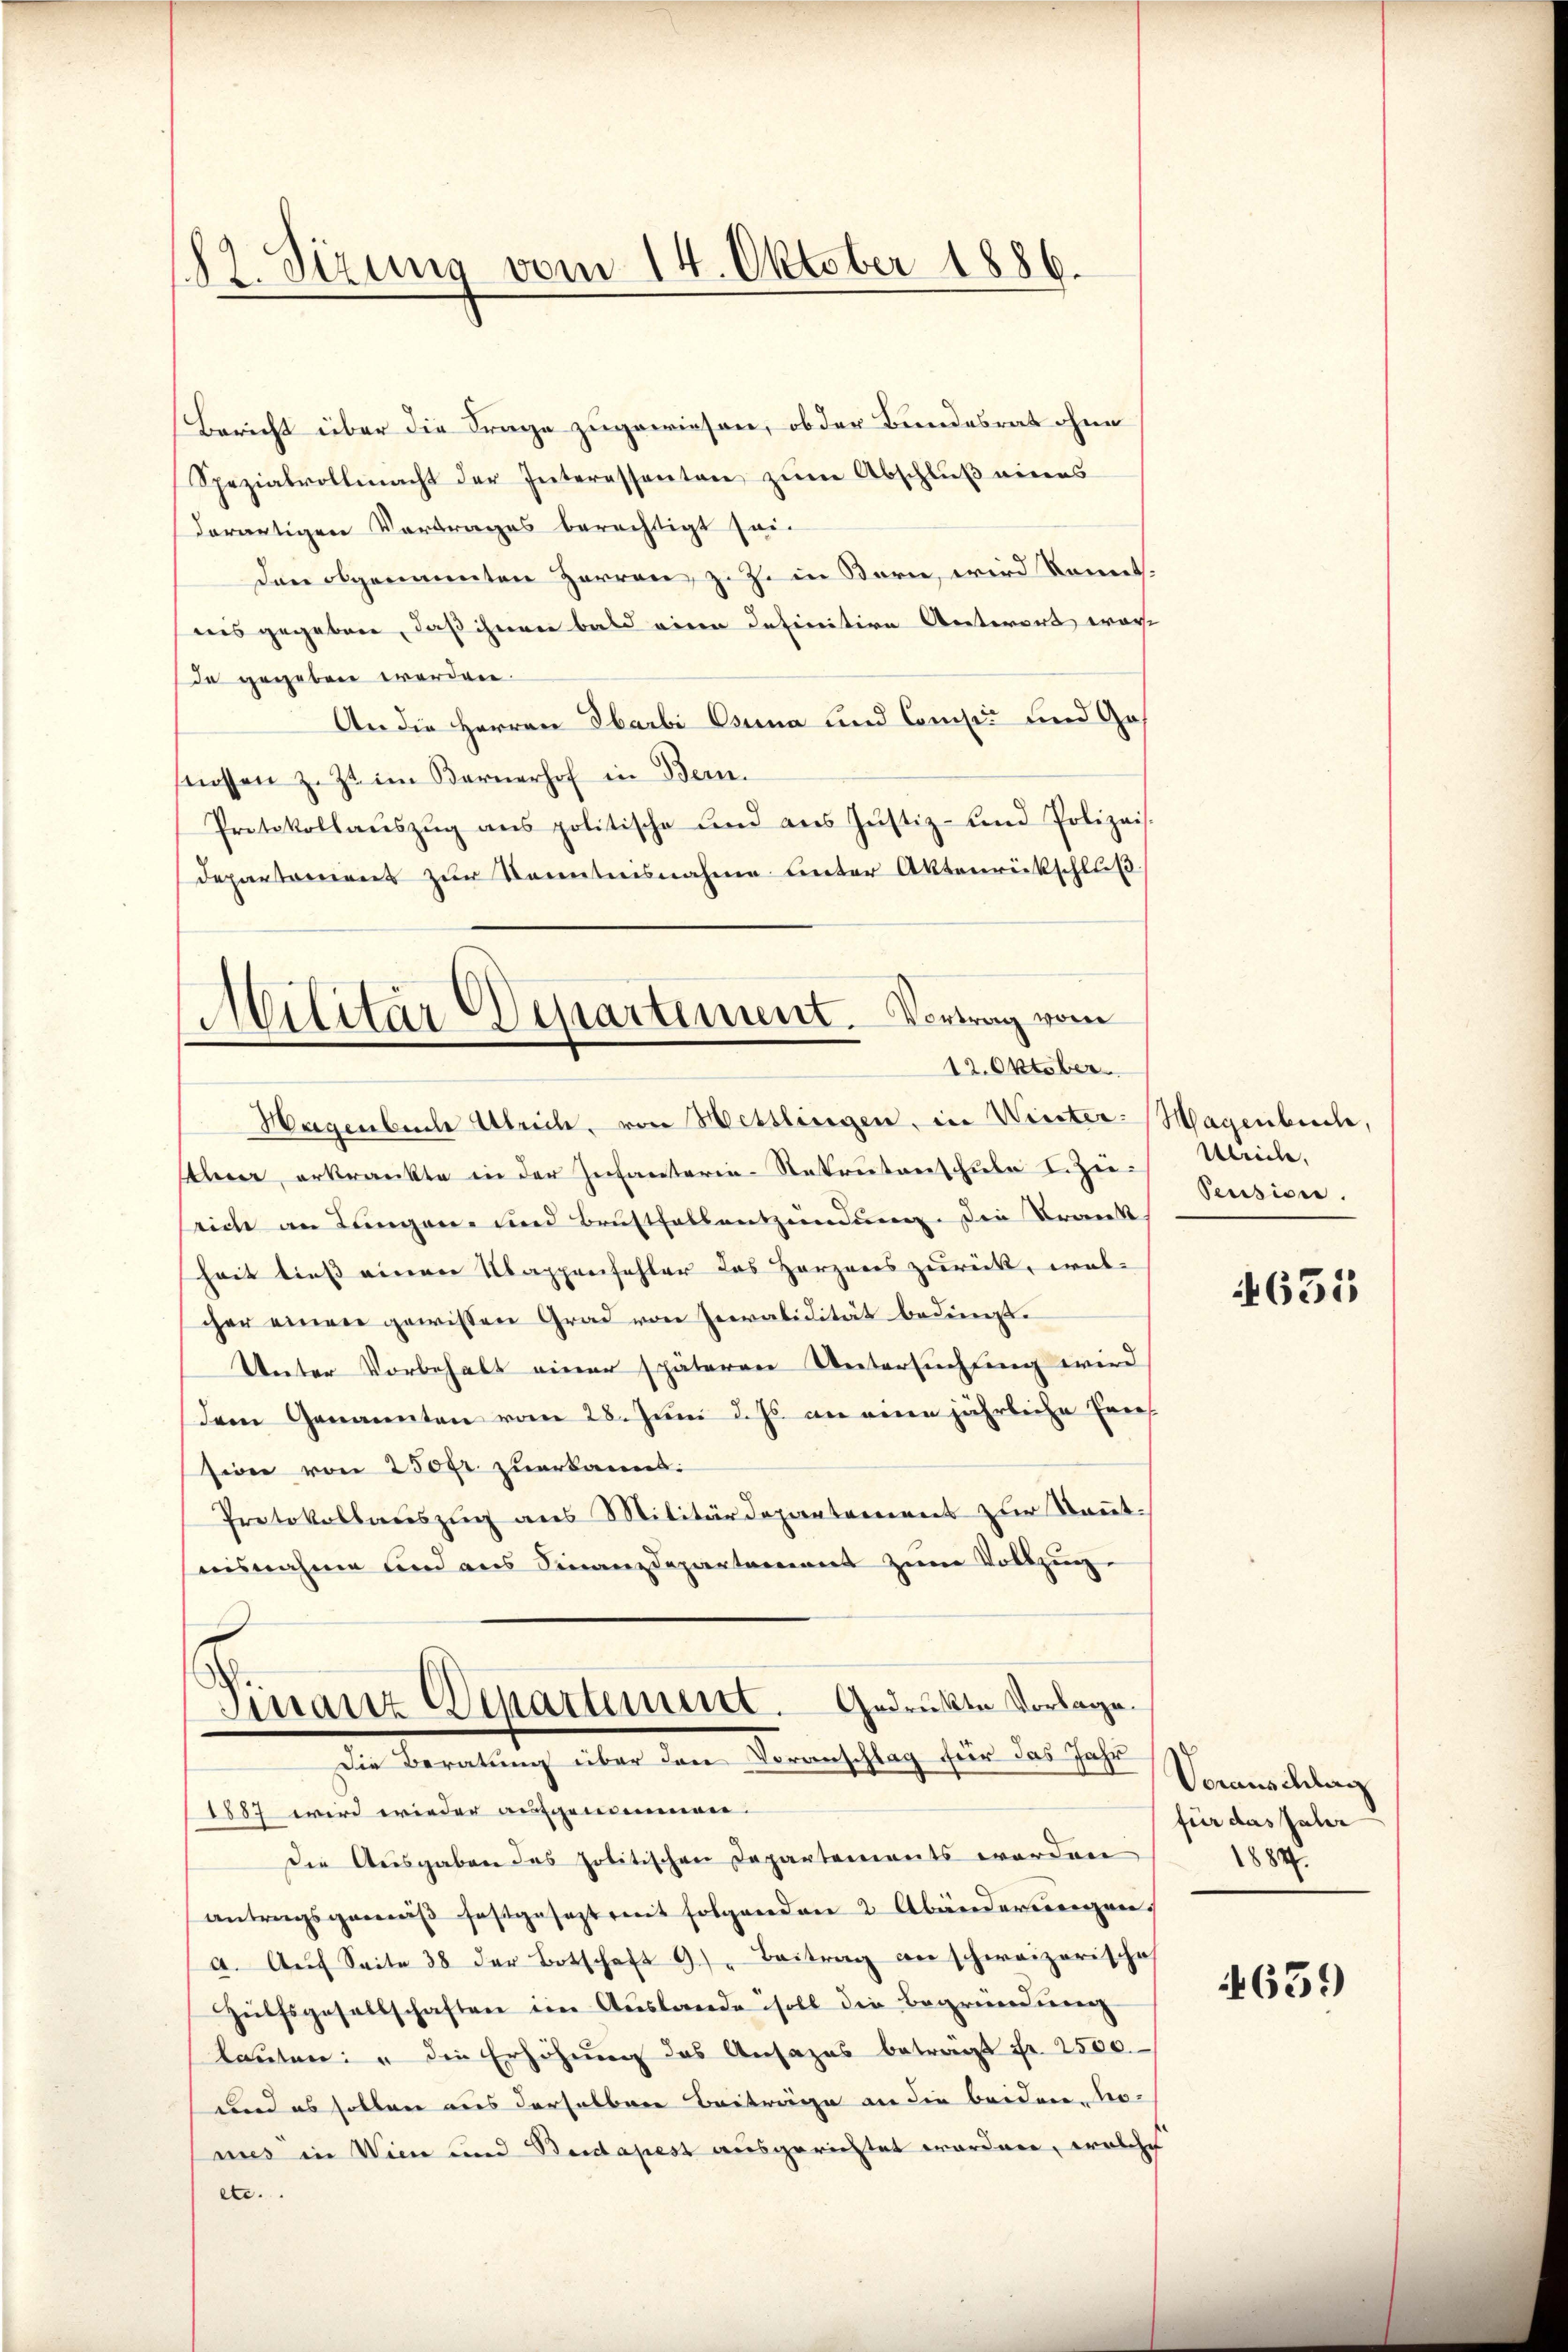
182. Sizung vom 14. Oktober 1886.

Militär Departement. Vortrag vom
12. Oktober.

Bericht über die Frage zugewiesen, ob der Bundesrat ohne
Spezialvollmacht der Interessenten zum Abschluß eines
derartigen Vortrages berechtigt sei.
Den obgenannten Herren, z. Z. in Berne, wird kannt.
nis gegeben, daß ihnen bald eine definitive Aeterort erar-
de gegeben werden.
An die Herren Ibarbi Ouna und Consis und Geflossen z. Zt. im Bernerhof in Bern.
Protokollaŭszŭg ans politische und ans Justiz- und Polizeis.
departement zŭr Kenntnisnahme unter Aktenrückschlŭβ
Hagenbuch Ulrich, von Hesslingen, in Winter¬
Alee erkrankte in der Infanterie-Rekrutenschule I. Zieseich an Lungen und Brustfallentzündung. Die Trank
heit dies einen Mappenfehler des Herzens zurück, wel-
cher einen gewissen Grad von Invalidität bedingt.
Unter Vorbehalt einer späteren Untersuchtung wird
dem Genannten vom 28. Juni d. Js. an eine jährliche Erns
sion von 250fr. zuerkannt:
Protokollaŭszŭg ans Militärdepartement zur Keṅt-
nisnahme und aus Finanzdepartement zum Vollzug.
l
Finanz Departement. Gedruckte Vorlage.
Die Beratung über den Voranschlag für das Jahr
1887 wird wieder aufgemeinen.
Die Ausgaben das politischen Departements worden
antragsgemäß festgesezt mit folgenden 2 Abänderungen
a. Aŭf Seite 38 der Botschaft 9) Beitrag an schweizerische
Hülfsgesellschaften im Auslande soll die Begründung
lauten: " die Erhöhung des Ansazes beträgt Fr. 2500.
und es sollen aus derselben Beiträge an die beiden No-
mies in Wien und Beidapest ausgerichtet worden, welche
etc.

Hagenbuch,
Ulrich,
Pension.

4631

Voranschlag
für das Jahr
1884.

639